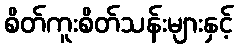
စိတ်ကူးစိတ်သန်းများနှင့်